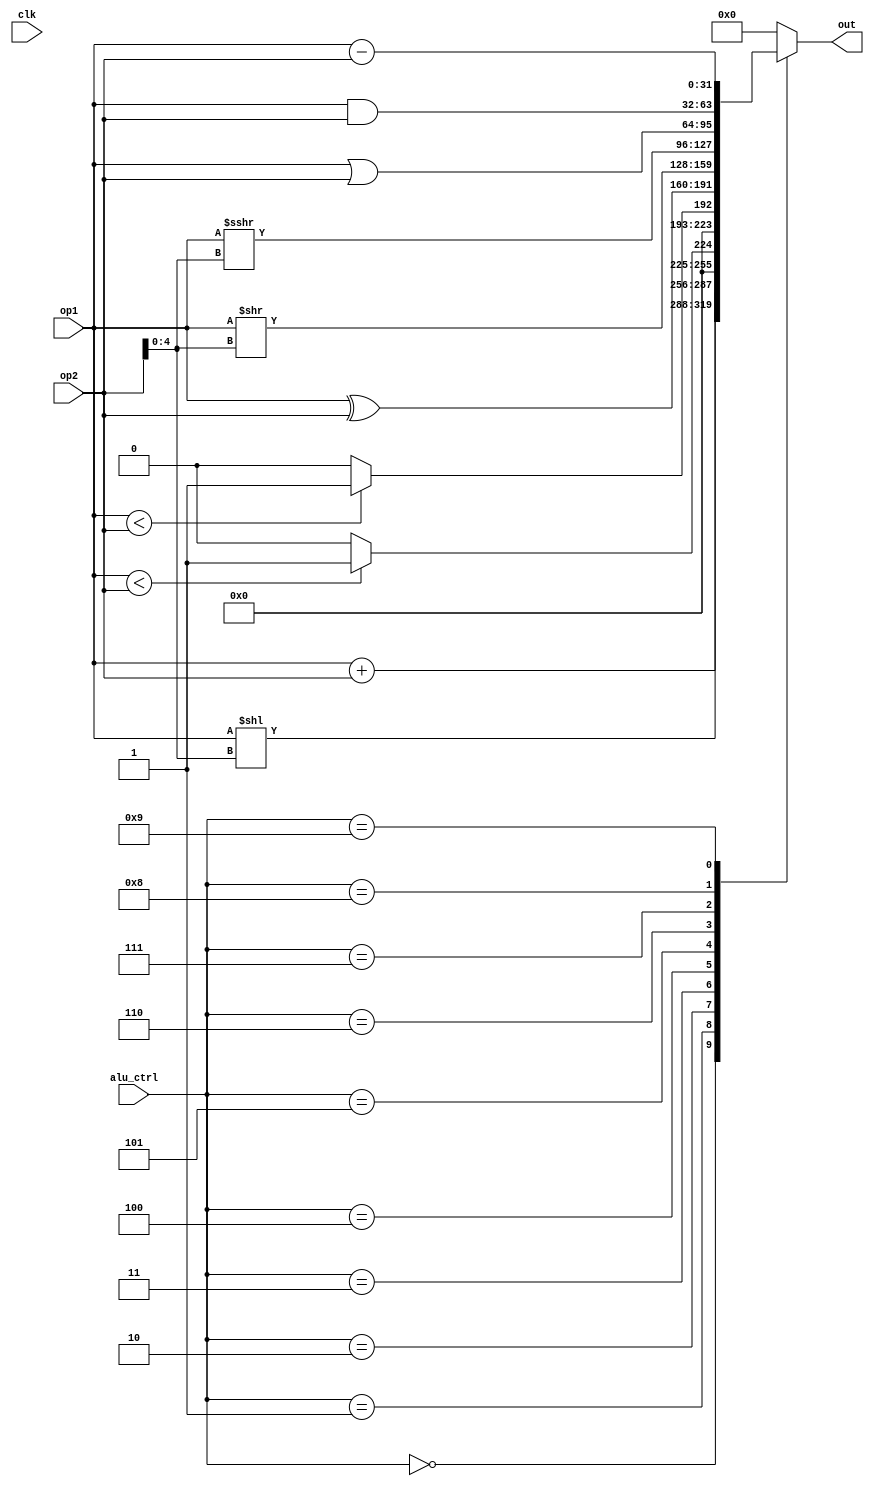
module alu(
    input wire        clk,
    input wire [31:0] op1,
    input wire [31:0] op2,
    input wire [3:0]  alu_ctrl,
    
    output reg [31:0] out
);

    always @(*) begin
        case (alu_ctrl)
            4'b0000: out = $signed(op1) + $signed(op2);                         //add
            4'b0001: out = $signed(op1) << $signed(op2[4:0]);                   //shift left logical
            4'b0010: out = ($signed(op1) < $signed(op2)) ? 32'b1 : 32'b0;       //set less than
            4'b0011: out = (op1 < op2) ? 32'b1 : 32'b0;                         //set less then unsigned
            4'b0100: out = $signed(op1) ^ $signed(op2);                         //xor
            4'b0101: out = $signed(op1) >> $signed(op2[4:0]);                   //shift right logical
            4'b0110: out = $signed(op1) >>> $signed(op2[4:0]);                  //shift right arithematic
            4'b0111: out = $signed(op1) | $signed(op2);                         //or
            4'b1000: out = $signed(op1) & $signed(op2);                         //and
            4'b1001: out = $signed(op1) - $signed(op2);                         //sub
            default: out = 32'b0;
        endcase
    end
endmodule